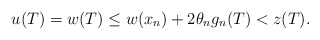
\begin{align*}u(T) = w(T) \leq w(x_n) + 2 \theta_n g_n (T) < z(T).\end{align*}